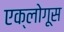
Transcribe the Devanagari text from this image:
एक्लोगूस